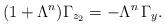
LaTeX: \begin{align*} (1+\Lambda^n)\Gamma_{z_2}=-\Lambda^n\,\Gamma_y.\end{align*}